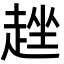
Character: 趖